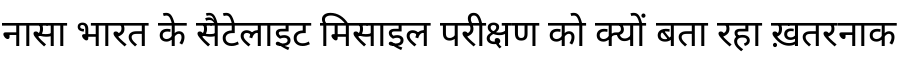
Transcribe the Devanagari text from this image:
नासा भारत के सैटेलाइट मिसाइल परीक्षण को क्यों बता रहा ख़तरनाक